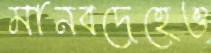
মানবদেহেও